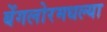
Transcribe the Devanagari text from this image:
बेंगलोरमधल्या